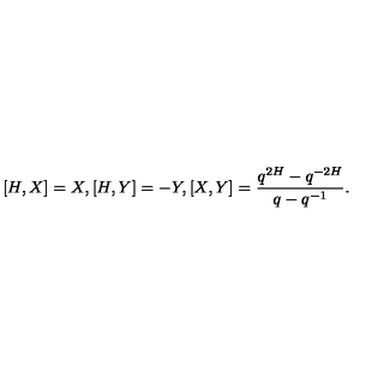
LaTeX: [ H , X ] = X , [ H , Y ] = - Y , [ X , Y ] = \frac { q ^ { 2 H } - q ^ { - 2 H } } { q - q ^ { - 1 } } .